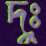
দুঃ